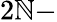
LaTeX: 2\mathbb{N}-